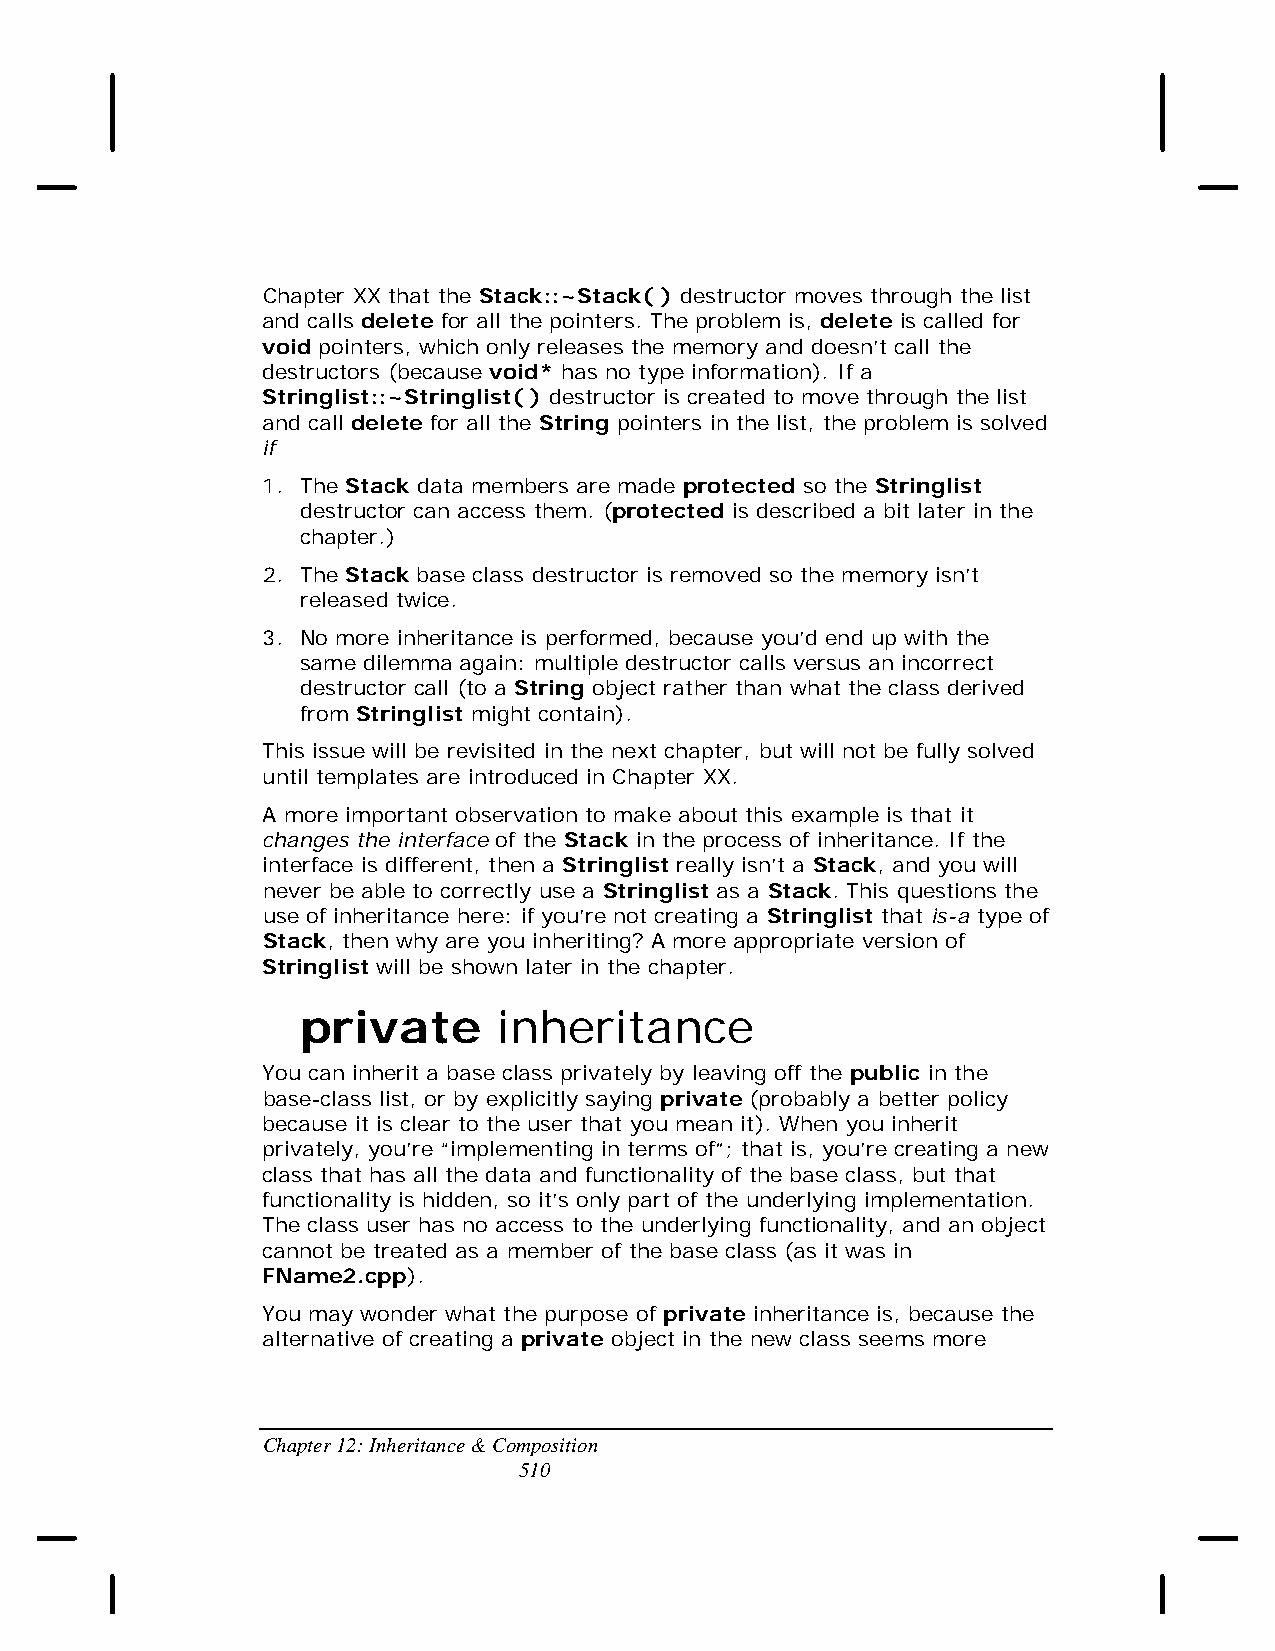
Chapter XX that the Stack::~Stack( ) destructor moves through the list
 and calls delete for all the pointers. The problem is, delete is called for
 void pointers, which only releases the memory and doesn’t call the
 destructors (because void* has no type information). If a
 Stringlist::~Stringlist( ) destructor is created to move through the list
 and call delete for all the String pointers in the list, the problem is solved
 if
 1. The Stack data members are made protected so the Stringlist
 destructor can access them. (protected is described a bit later in the
 chapter.)
 2. The Stack base class destructor is removed so the memory isn’t
 released twice.
 3. No more inheritance is performed, because you’d end up with the
 same dilemma again: multiple destructor calls versus an incorrect
 destructor call (to a String object rather than what the class derived
 from Stringlist might contain).
 This issue will be revisited in the next chapter, but will not be fully solved
 until templates are introduced in Chapter XX.
 A more important observation to make about this example is that it
 changes the interface of the Stack in the process of inheritance. If the
 interface is different, then a Stringlist really isn’t a Stack, and you will
 never be able to correctly use a Stringlist as a Stack. This questions the
 use of inheritance here: if you’re not creating a Stringlist that is-a type of
 Stack, then why are you inheriting? A more appropriate version of
 Stringlist will be shown later in the chapter.
 private      inheritance
 You can inherit a base class privately by leaving off the public in the
 base-class list, or by explicitly saying private (probably a better policy
 because it is clear to the user that you mean it). When you inherit
 privately, you’re “implementing in terms of”; that is, you’re creating a new
 class that has all the data and functionality of the base class, but that
 functionality is hidden, so it’s only part of the underlying implementation.
 The class user has no access to the underlying functionality, and an object
 cannot be treated as a member of the base class (as it was in
 FName2.cpp).
 You may wonder what the purpose of private inheritance is, because the
 alternative of creating a private object in the new class seems more
 Chapter 12: Inheritance & Composition
 510